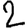
Digit: 2